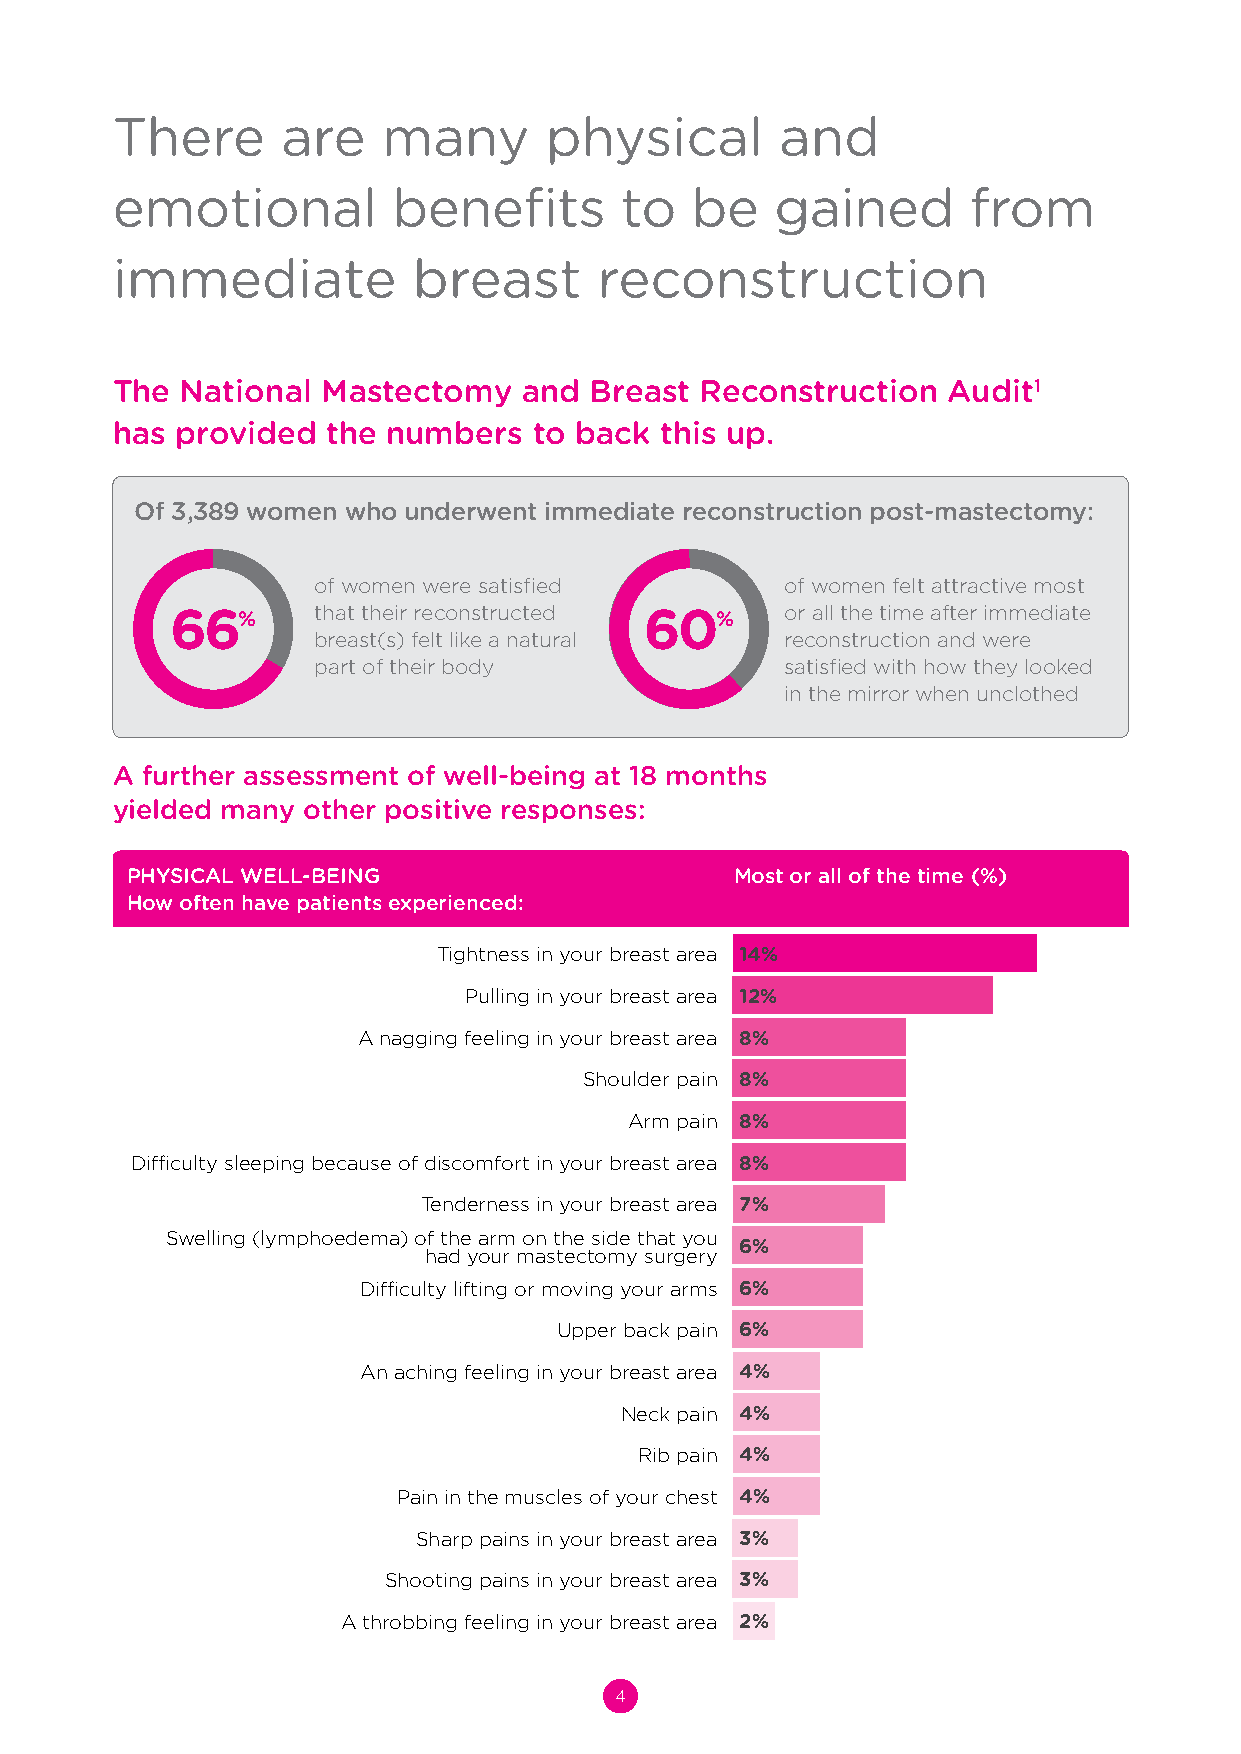
There       are   many       physical        and
 emotional          benefits       to   be   gained       from
 immediate           breast       reconstruction
 The  National Mastectomy    and Breast Reconstruction   Audit1
 has  provided  the numbers  to back  this up.
 Of 3,389 women who underwent immediate reconstruction post-mastectomy:
 of women were satisfied        of women felt attractive most
 66%       that their reconstructed 60%   or all the time after immediate
 breast(s) felt like a natural  reconstruction and were
 part of their body             satisfied with how they looked
 in the mirror when unclothed
 A further assessment of well-being at 18 months
 yielded many other positive responses:
 PHYSICAL WELL-BEING                      Most or all of the time (%)
 How often have patients experienced:
 Tightness in your breast area 14%
 Pulling in your breast area 12%
 A nagging feeling in your breast area 8%
 Shoulder pain 8%
 Arm pain 8%
 Difficulty sleeping because of discomfort in your breast area 8%
 Tenderness in your breast area 7%
 Swelling (lymphoedema) of the arm on the side that you
 6%
 had your mastectomy surgery
 Difficulty lifting or moving your arms 6%
 Upper back pain 6%
 An aching feeling in your breast area 4%
 Neck pain 4%
 Rib pain 4%
 Pain in the muscles of your chest 4%
 Sharp pains in your breast area 3%
 Shooting pains in your breast area 3%
 A throbbing feeling in your breast area 2%
 4